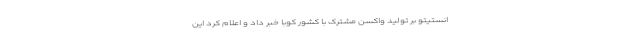
انستیتو بر تولید واکسن مشترک با کشور کوبا خبر داد و اعلام کرد این